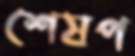
শেষপ